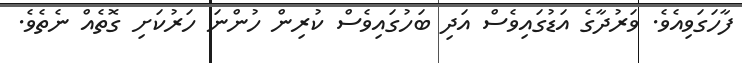
ފާހަގަވިއެވެ. ވަރުދާގެ އަޑުގައިވެސް އަދި ބަހުގައިވެސް ކުރިން ހުންނަ ހަރުކަށި ގޮތެއް ނެތެވެ.